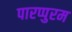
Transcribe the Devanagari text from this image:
पारप्पुरम